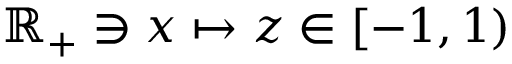
\mathbb { R } _ { + } \ni x \mapsto z \in \left[ - 1 , 1 \right)